Laidoner,_Johan, lk 131
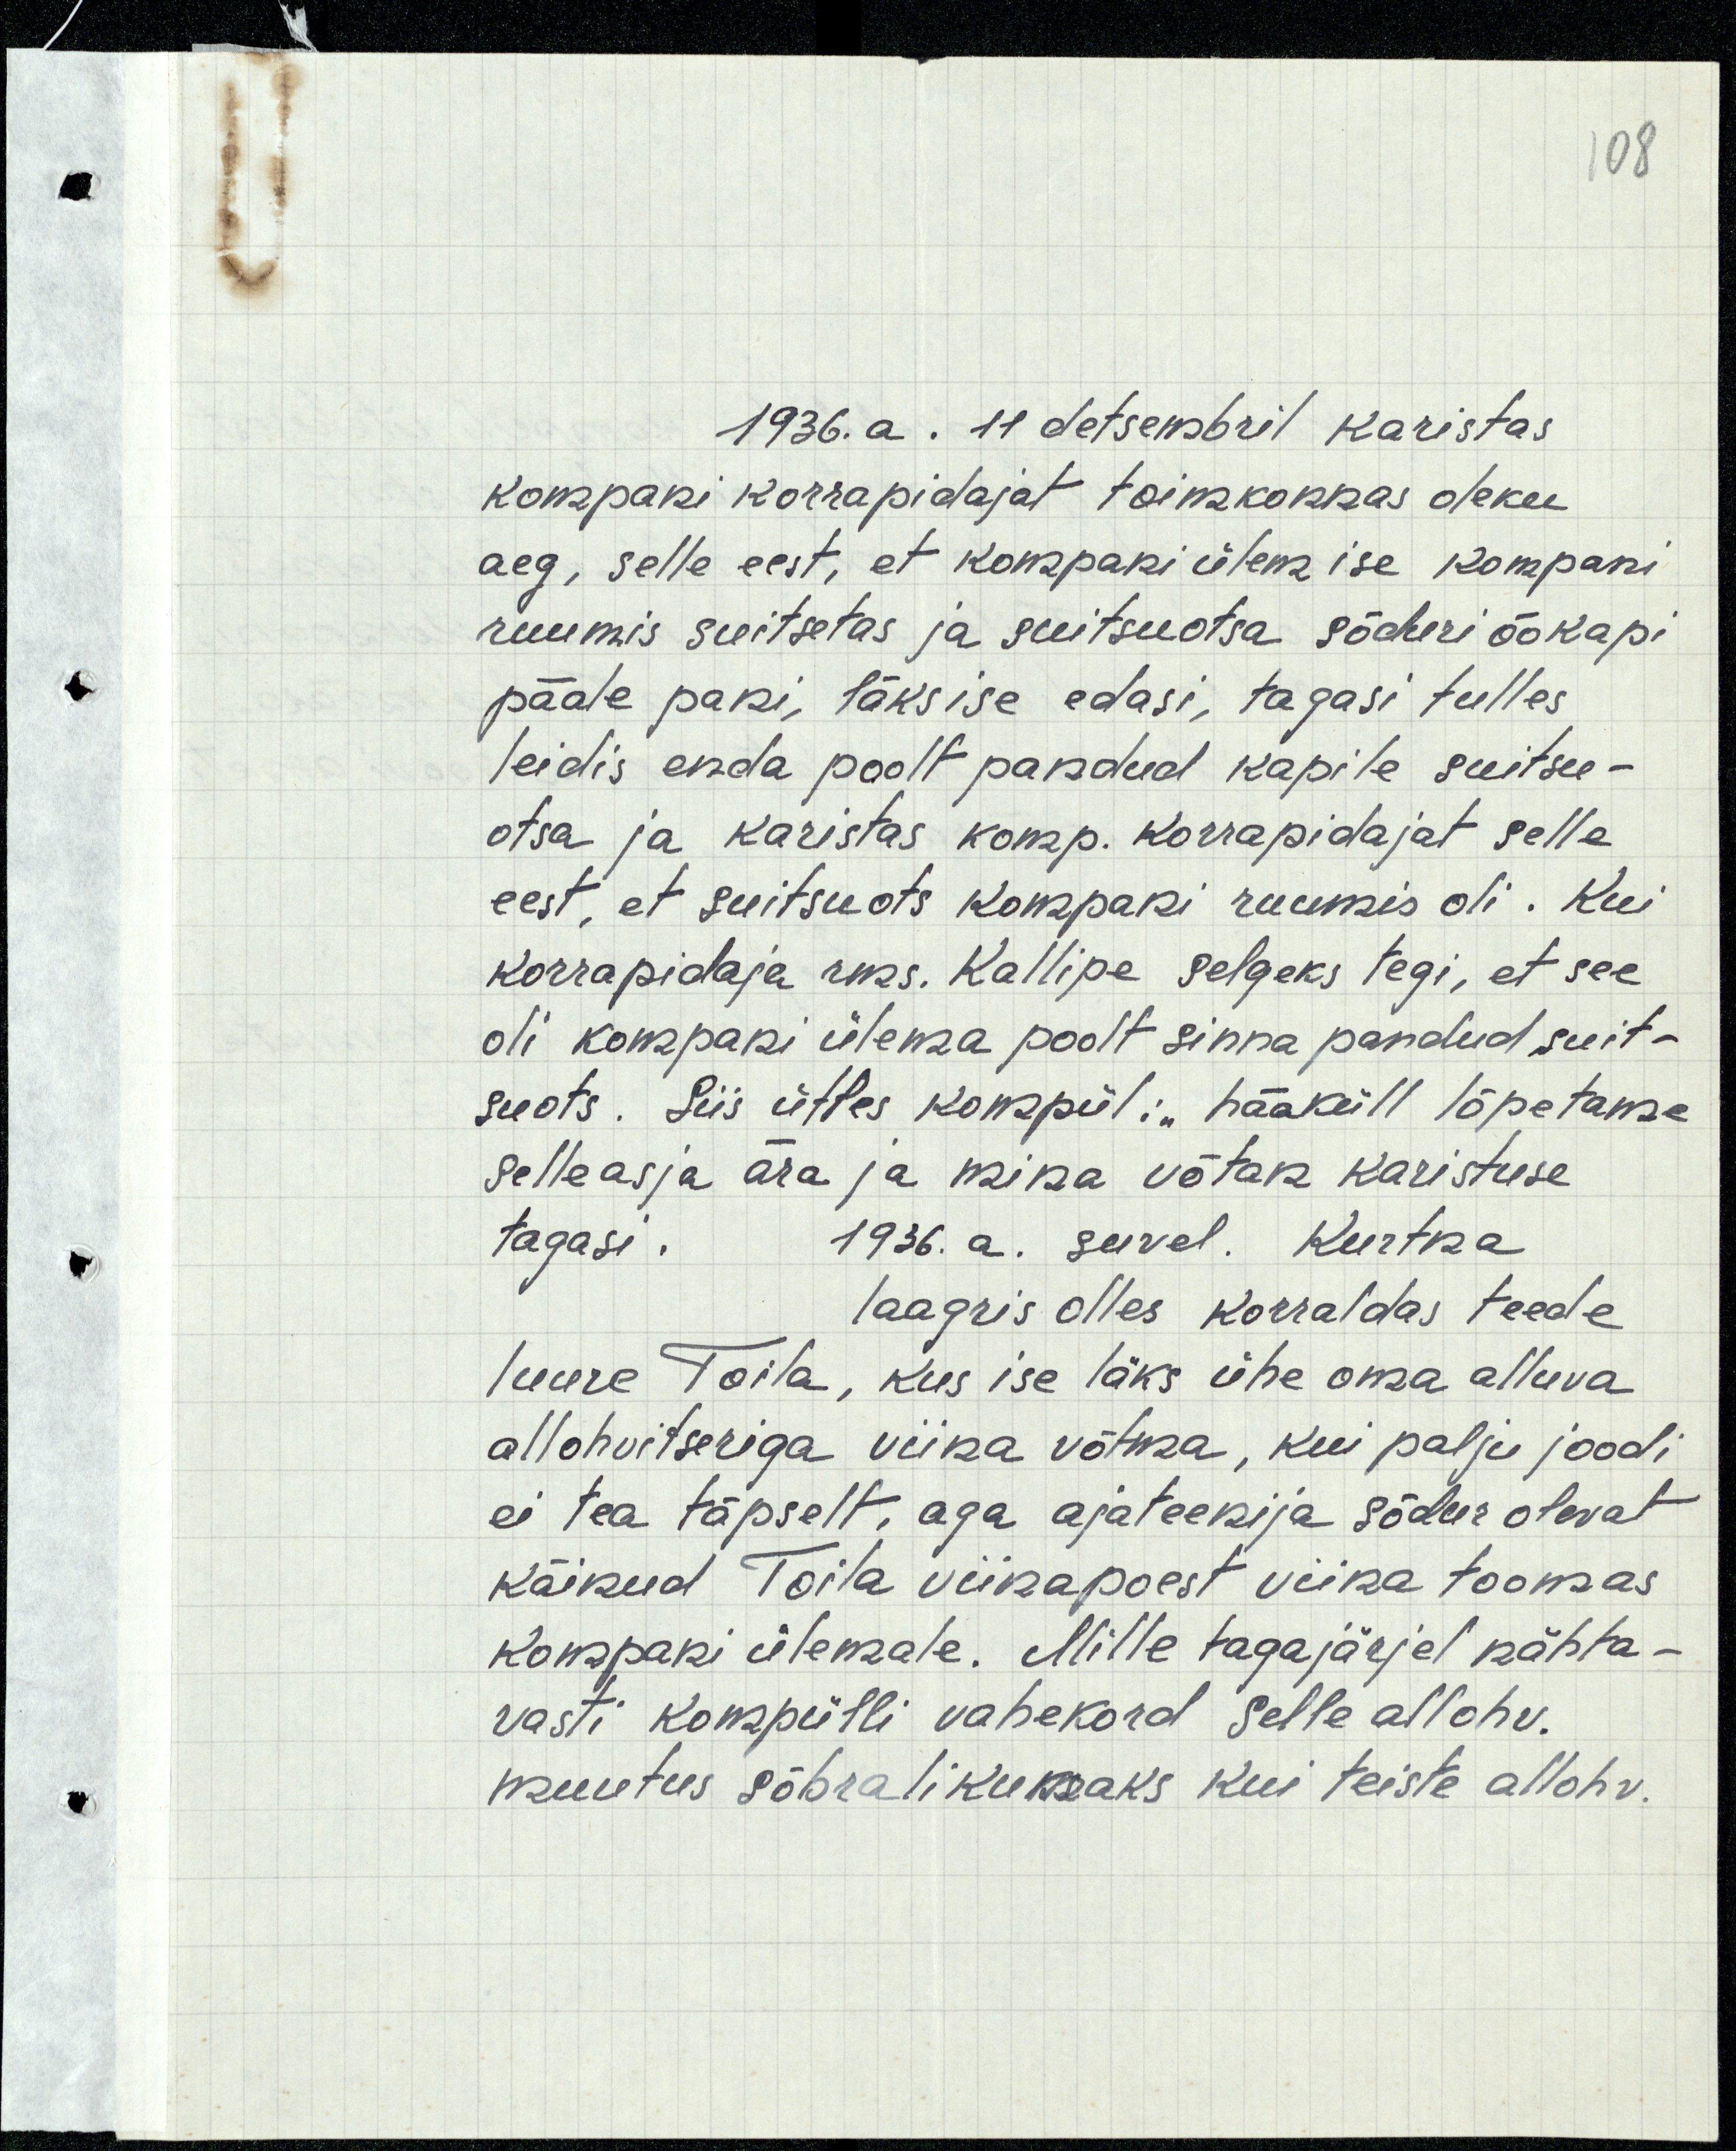
108

1936. a. 11 detsembril karistas
kompani korrapidajat toimkonnas oleku
aeg, selle eest, et kompani ülem ise kompani
ruumis suitsetas ja suitsuotsa sõduri öökapi
pääle pani, läks ise edasi, tagasi tulles
leidis enda poolt pandud kapile suitsu-
otsa ja karistas komp. korrapidajat selle
eest, et suitsuots kompani ruumis oli. Kui
korrapidaja rms. Kallipe selgeks tegi, et see
oli kompani ülema poolt sinna pandud suit-
suots. Siis ütles kompül: "hääküll lõpetame
selleasja ära ja mina võtan karistuse
tagasi.
1936. a. suvel. Kurtna
laagris olles korraldas teede
luure Toila, kus ise läks ühe oma alluva
allohvitseriga viina võtma, kui palju joodi
ei tea täpselt, aga ajateenija sõdur olevat
käinud Toila viinapoest viina toomas
kompani ülemale. Mille tagajärjel nähta-
vasti kompülli vahekord selle allohv.
muutus sõbralikumaks kui teiste allohv.